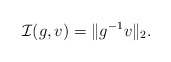
\begin{align*}\mathcal{I}(g,v)=\Vert g^{-1}v\Vert_2. \end{align*}